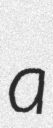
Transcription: a